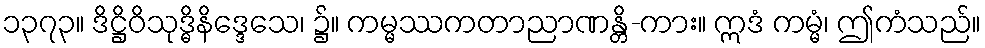
၁၃၇၃။ ဒိဋ္ဌိဝိသုဒ္ဓိနိဒ္ဒေသေ၊ ၌။ ကမ္မဿကတာညာဏန္တိ-ကား။ ဣဒံ ကမ္မံ၊ ဤကံသည်။